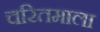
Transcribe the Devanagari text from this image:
चरितमाला